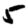
Digit: 5